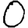
Digit: 0